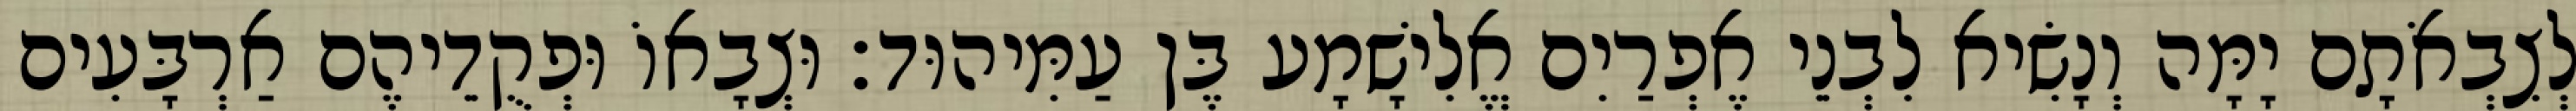
לְצִבְאֹתָם יָמָּה וְנָשִׂיא לִבְנֵי אֶפְרַיִם אֱלִישָׁמָע בֶּן עַמִּיהוּד׃ וּצְבָאוֹ וּפְקֻדֵיהֶם אַרְבָּעִים